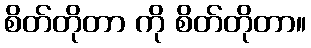
စိတ်တိုတာ ကို စိတ်တိုတာ။